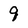
Character: q